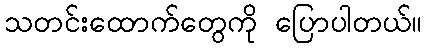
သတင်းထောက်တွေကို ပြောပါတယ်။